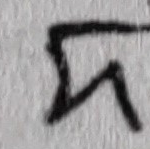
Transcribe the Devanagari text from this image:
ज्ञ